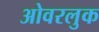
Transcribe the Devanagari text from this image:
ओवरलुक